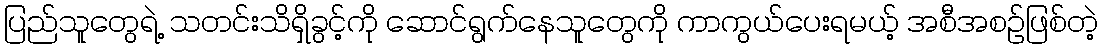
ပြည်သူတွေရဲ့ သတင်းသိရှိခွင့်ကို ဆောင်ရွက်နေသူတွေကို ကာကွယ်ပေးရမယ့် အစီအစဉ်ဖြစ်တဲ့